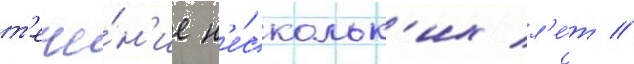
т'ече́н'ие н'е́скольк'их л'е́т //